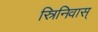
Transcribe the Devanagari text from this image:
स्रिनिवास्